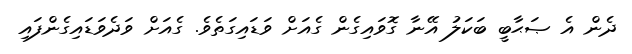
ދެން އެ ޞަޙާބީ ބަކަލު އޭނާ ގޮވައިގެން ގެއަށް ވަޑައިގަތެވެ. ގެއަށް ވަދެވަޑައިގެންފައި